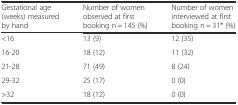
| Gestational age (weeks) measured by hand | Number of women observed at first booking n = 145 (%) | Number of women interviewed at first booking n = 31* (%) |
 | --- | --- | --- |
 | <16 | 13 (9) | 12 (35) |
 | 16-20 | 18 (12) | 11 (32) |
 | 21-28 | 71 (49) | 8 (24) |
 | 29-32 | 25 (17) | 0 (0) |
 | >32 | 18 (12) | 0 (0) |